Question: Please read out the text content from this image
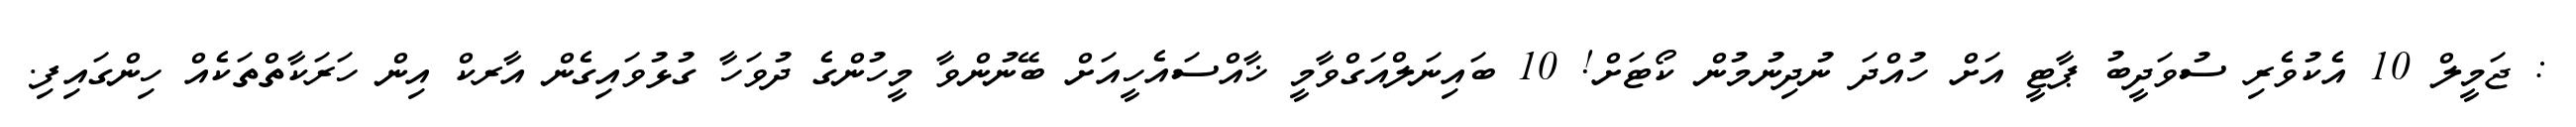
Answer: : ޖަމީލް 10 އެކުވެރި ސުވަދީބު ޕާޓީ އަށް ހުއްދަ ނުދިނުމުން ކޯޓަށް! 10 ބައިނަލްއަގްވާމީ ޚާއްސައެހީއަށް ބޭނުންވާ މީހުންގެ ދުވަހާ ގުޅުވައިގެން އާރކް އިން ހަރަކާތްތަކެއް ހިންގައިފި.